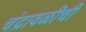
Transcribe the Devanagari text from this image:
चंद्रावळीची